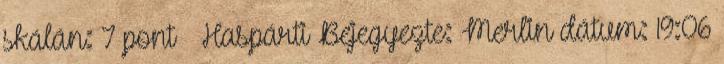
skálán: 7 pont – Haspárti Bejegyezte: Merlin dátum: 19:06